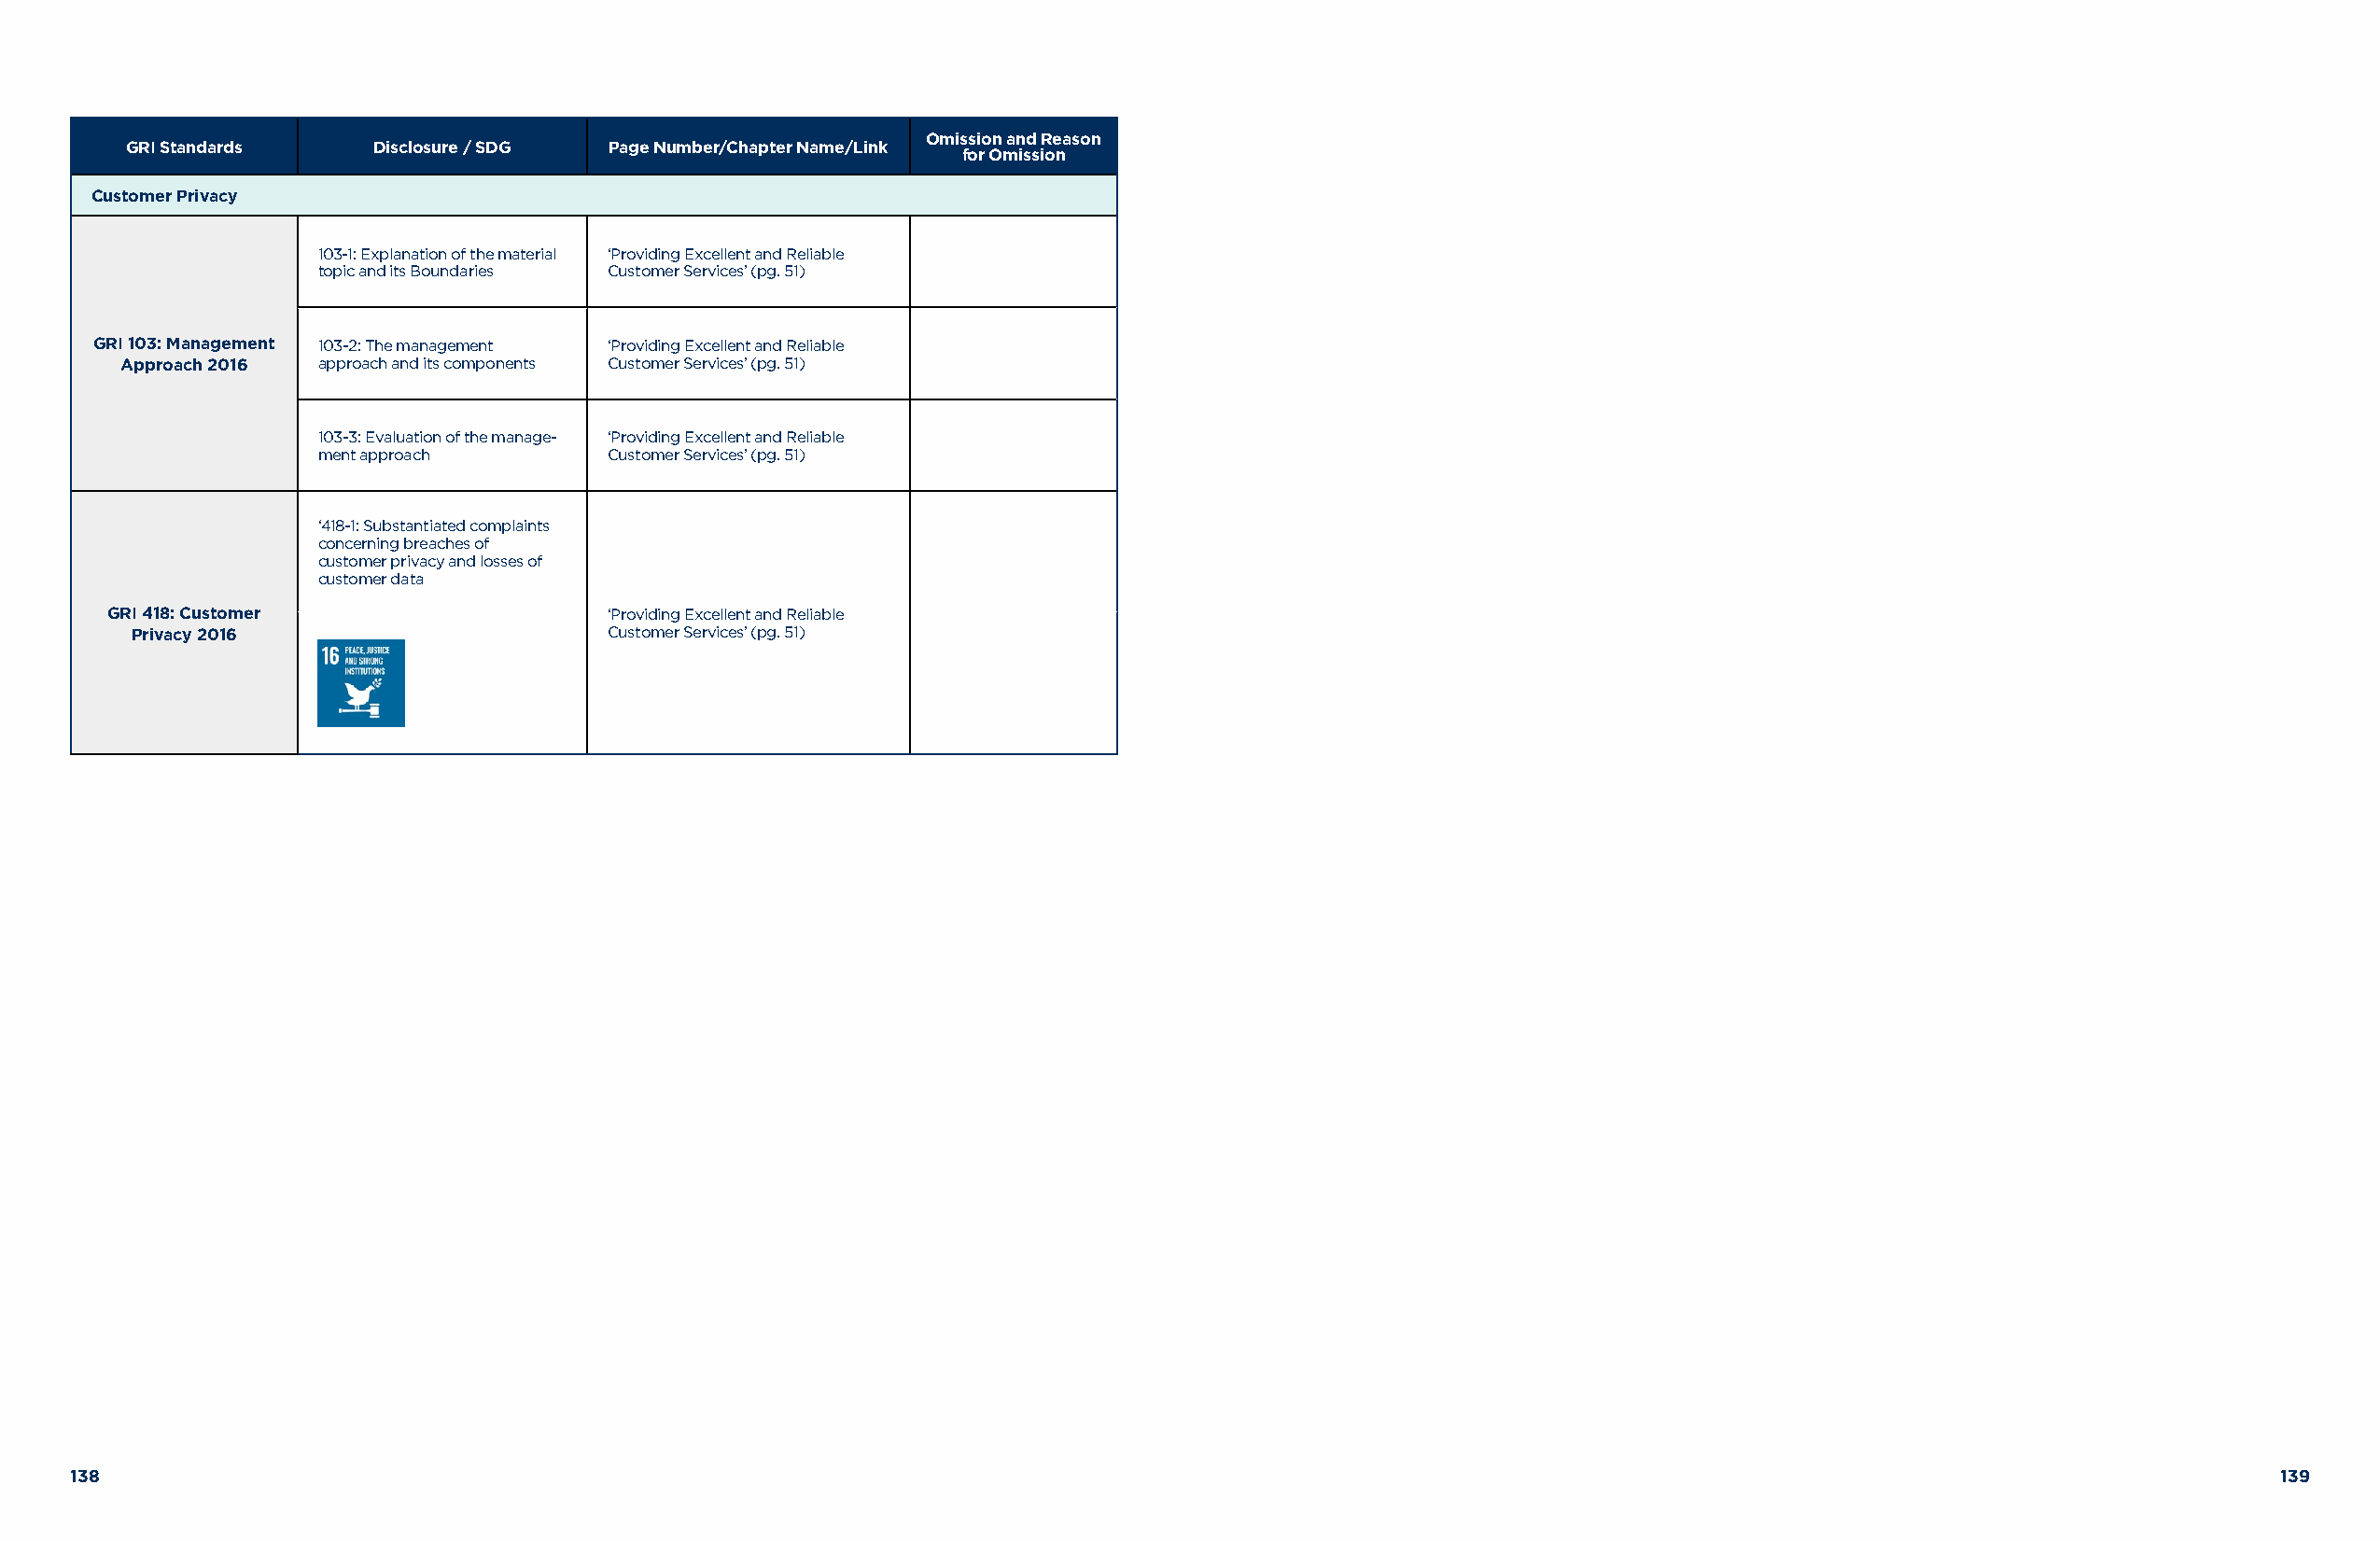
Omission and Reason
 GRI Standards    Disclosure / SDG Page Number/Chapter Name/Link
 for Omission
 Customer Privacy
 103-1: Explanation of the material ‘Providing Excellent and Reliable
 topic and its Boundaries Customer Services’ (pg. 51)
 GRI 103: Management 103-2: The management ‘Providing Excellent and Reliable
 Approach 2016 approach and its components Customer Services’ (pg. 51)
 103-3: Evaluation of the manage- ‘Providing Excellent and Reliable
 ment approach       Customer Services’ (pg. 51)
 ‘418-1: Substantiated complaints
 concerning breaches of
 customer privacy and losses of
 customer data
 GRI 418: Customer                  ‘Providing Excellent and Reliable
 Privacy 2016                      Customer Services’ (pg. 51)
 138                                                                                                                                                          139